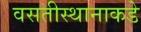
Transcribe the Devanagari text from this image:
वसतीस्थानाकडे